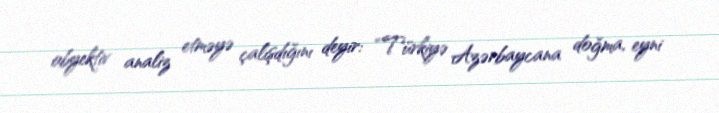
obyektiv analiz etməyə çalışdığını deyir: “Türkiyə Azərbaycana doğma, eyni